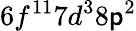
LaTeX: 6f^{11}7d^{3}8\mathsf{p}^{2}